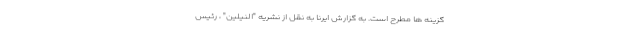
گزینه ها مطرح است. به گزارش ایرنا به نقل از نشریه "النیلین" ، رئیس